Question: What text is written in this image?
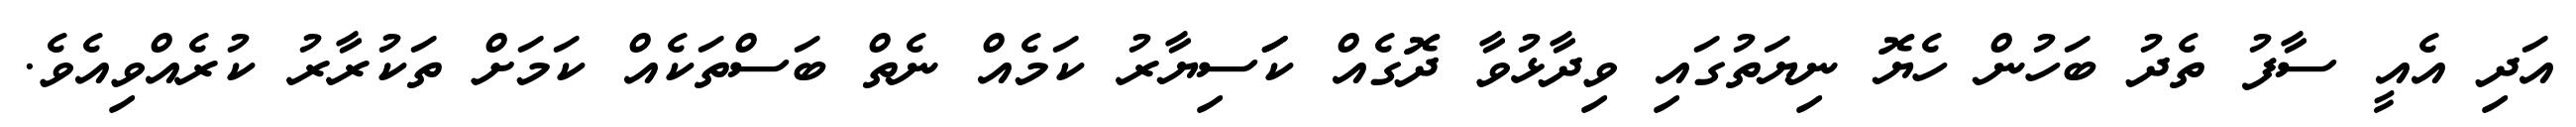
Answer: އަދި އެއީ ސާފު ތެދު ބަހުން ހެޔޮ ނިޔަތުގައި ވިދާޅުވާ ދޮގެއް ކަަސިޔާރު ކަމެއް ނެތް ބަސްތަކެއް ކަމަށް ތަކުރާރު ކުރެއްވިއެވެ.